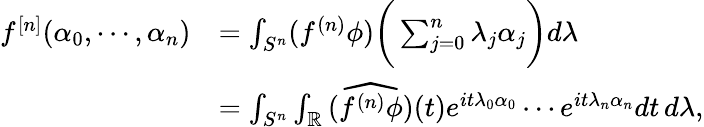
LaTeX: \begin{array}{rl}{f^{[n]}(\alpha_{0},\cdots,\alpha_{n})}&{=\int_{S^{n}}(f^{(n)}\phi)\bigg(\sum_{j=0}^{n}\lambda_{j}\alpha_{j}\bigg)d\lambda}\\ &{=\int_{S^{n}}\int_{\mathbb{R}}\widehat{(f^{(n)}\phi)}(t)e^{it\lambda_{0}\alpha_{0}}\cdots e^{it\lambda_{n}\alpha_{n}}dt\, d\lambda,}\end{array}